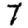
Digit: 7